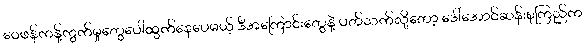
ဝေဖန်ကန့်ကွက်မှုတွေပေါ်ထွက်နေပေမယ့် ဒီအကြောင်းတွေနဲ့ ပတ်သက်လို့တော့ ဒေါ်အောင်ဆန်းစုကြည်က